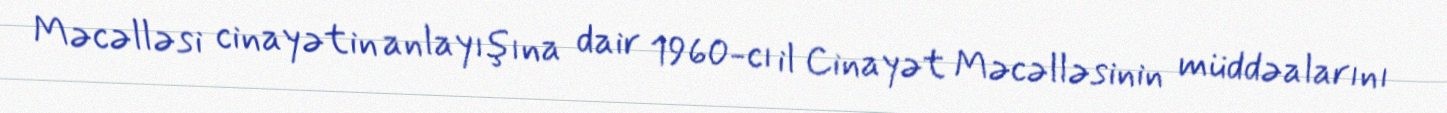
Məcəlləsi cinayətin anlayışına dair 1960-cı il Cinayət Məcəlləsinin müddəalarını